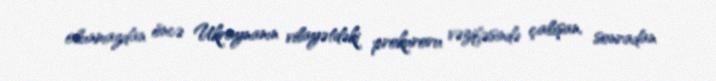
olunmazdan öncə Ukraynanın vilayətdəki prokuroru vəzifəsində çalışan, sonradan